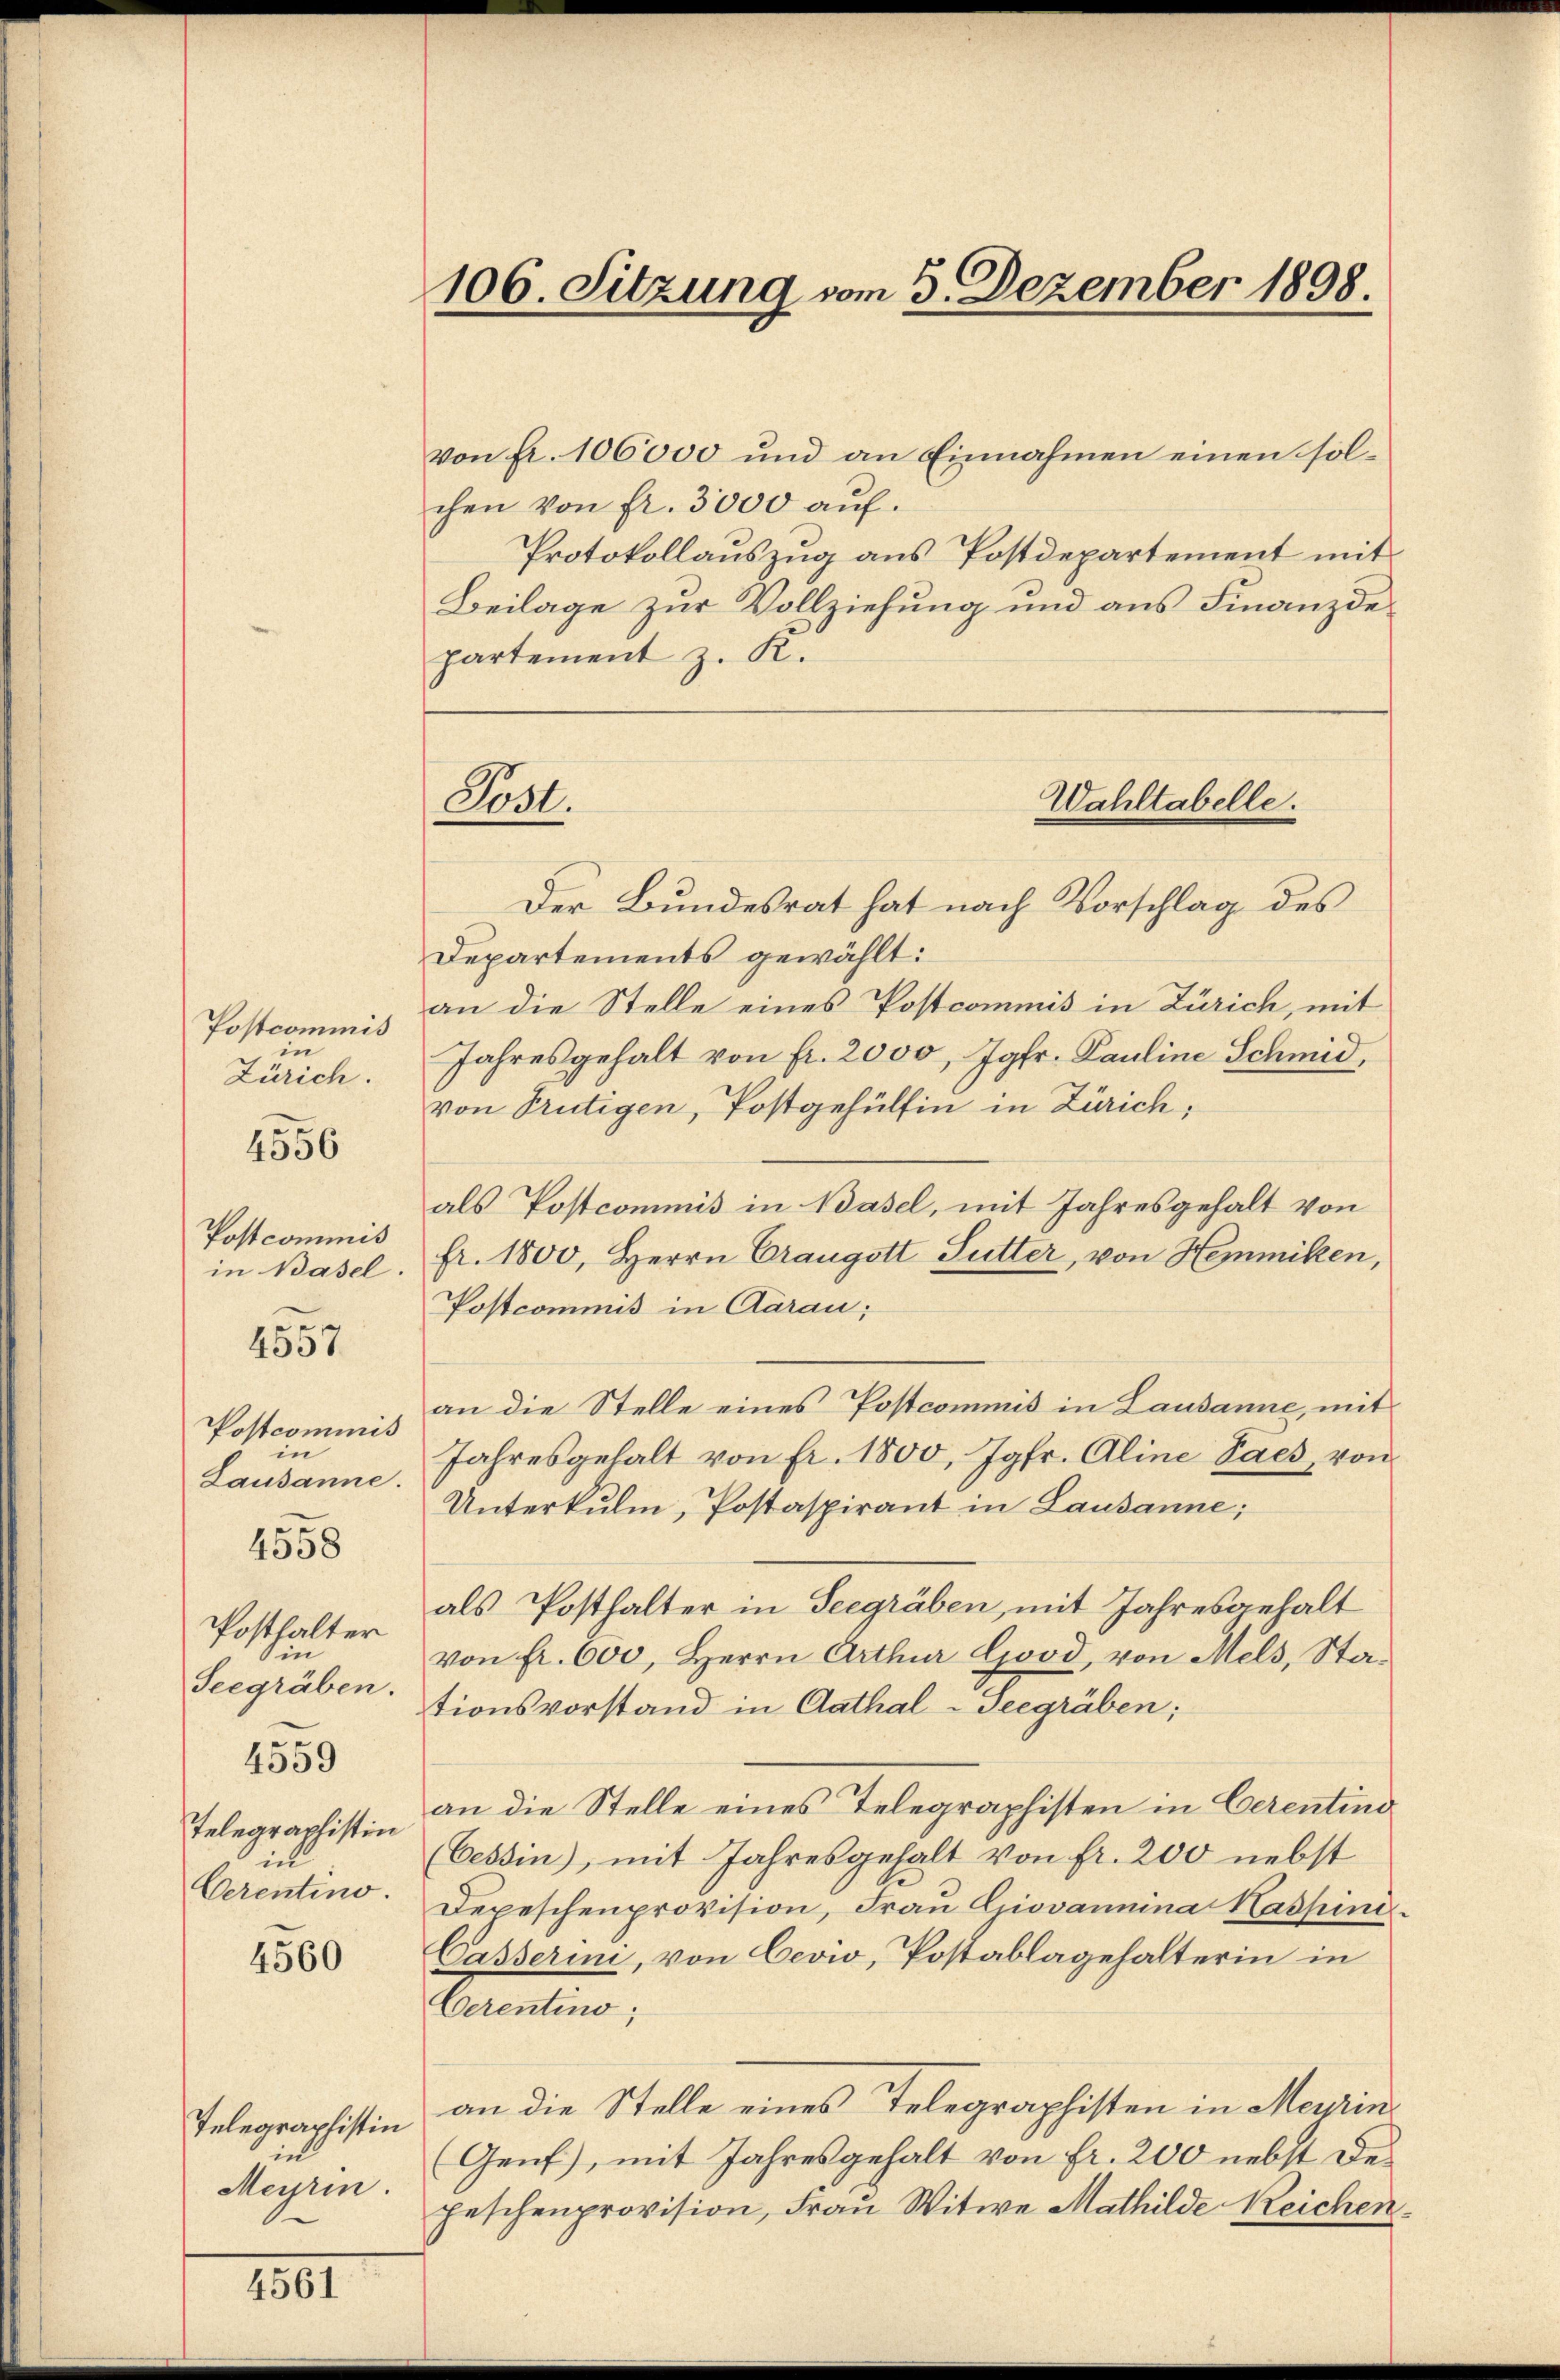
Postcommis
in
Zürich.

4556

Postcommis
in Basel.

e
4507

Postcommis
in
Lausanne.
Posthalter
in
Seegräben.
4559
Telegraphistin
in
Cerentino.

4558

4560

Telegraphistin
in
Meyrin.

4561

106. Sitzung vom 5. Dezember 1898.

Post.

von fr. 106000 und an Einnahmen einen solchen von fr. 3000 auf.
Protokollauszug aus Postdepartement mit
Beilage zur Vollziehung und aus Finanzdepartement z. K.
Der Bundesrat hat nach Vorschlag des
Departements gewählt:
an die Stelle eines Postcommis in Zürich, mit
Jahresgehalt von fr. 2000, Jgfr. Pauline Schmid,
von Trutigen, Postgehülfen in Zürich,
als Postcommis in Basel, mit Jahresgehalt von
fr. 1800, Herrn Graugott Sutter, von Hemmiken,
Postcommis in Aarau;
an die Stelle eines Postcommis in Lausanne, mit
Jahresgehalt von fr. 1800, Jgfr. Aline Paes, von
Unterkulm, Postaspirant in Lausanne;
als Posthalter in Seegräben, mit Jahresgehalt
von fr. 600, Herrn Arthur Good, von Mels, Stationsvorstand in Aathal-Seegräben;
an die Stelle eines Telegraphisten in Cerentind
(Cessin, mit Jahresgehalt von fr. 200 nebst
Depeschenprovision, Frau Giovanina Kaspine.
Casserini, von Cevw, Postablagehalterin in
Cerentino,
an die Stelle eines Telegraphisten in Meurin
(Genf), mit Jahresgehalt von Fr. 200 nebst Depeschenprovision, Frau Witwe Mathilde Reichen.

Wahltabelle.